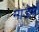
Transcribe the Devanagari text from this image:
माडेम